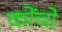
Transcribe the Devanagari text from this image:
कोंचो